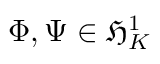
\Phi , \Psi \in \mathfrak { H } _ { K } ^ { 1 }